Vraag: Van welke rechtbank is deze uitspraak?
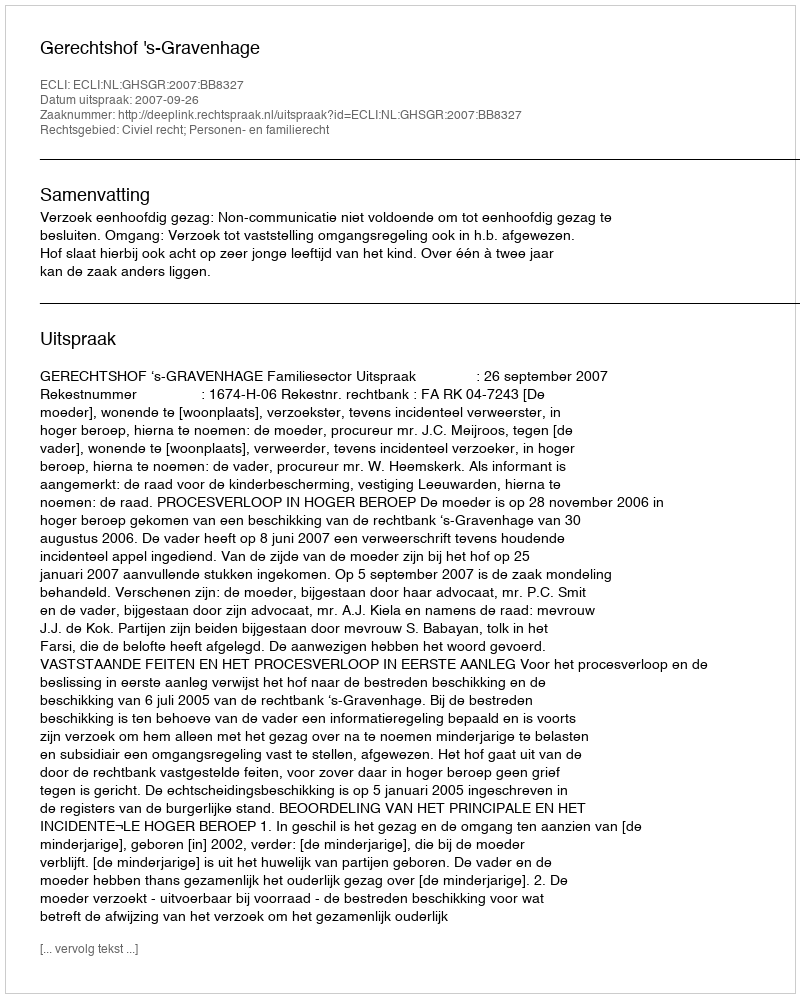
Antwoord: Gerechtshof 's-Gravenhage